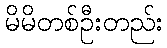
မိမိတစ်ဦးတည်း